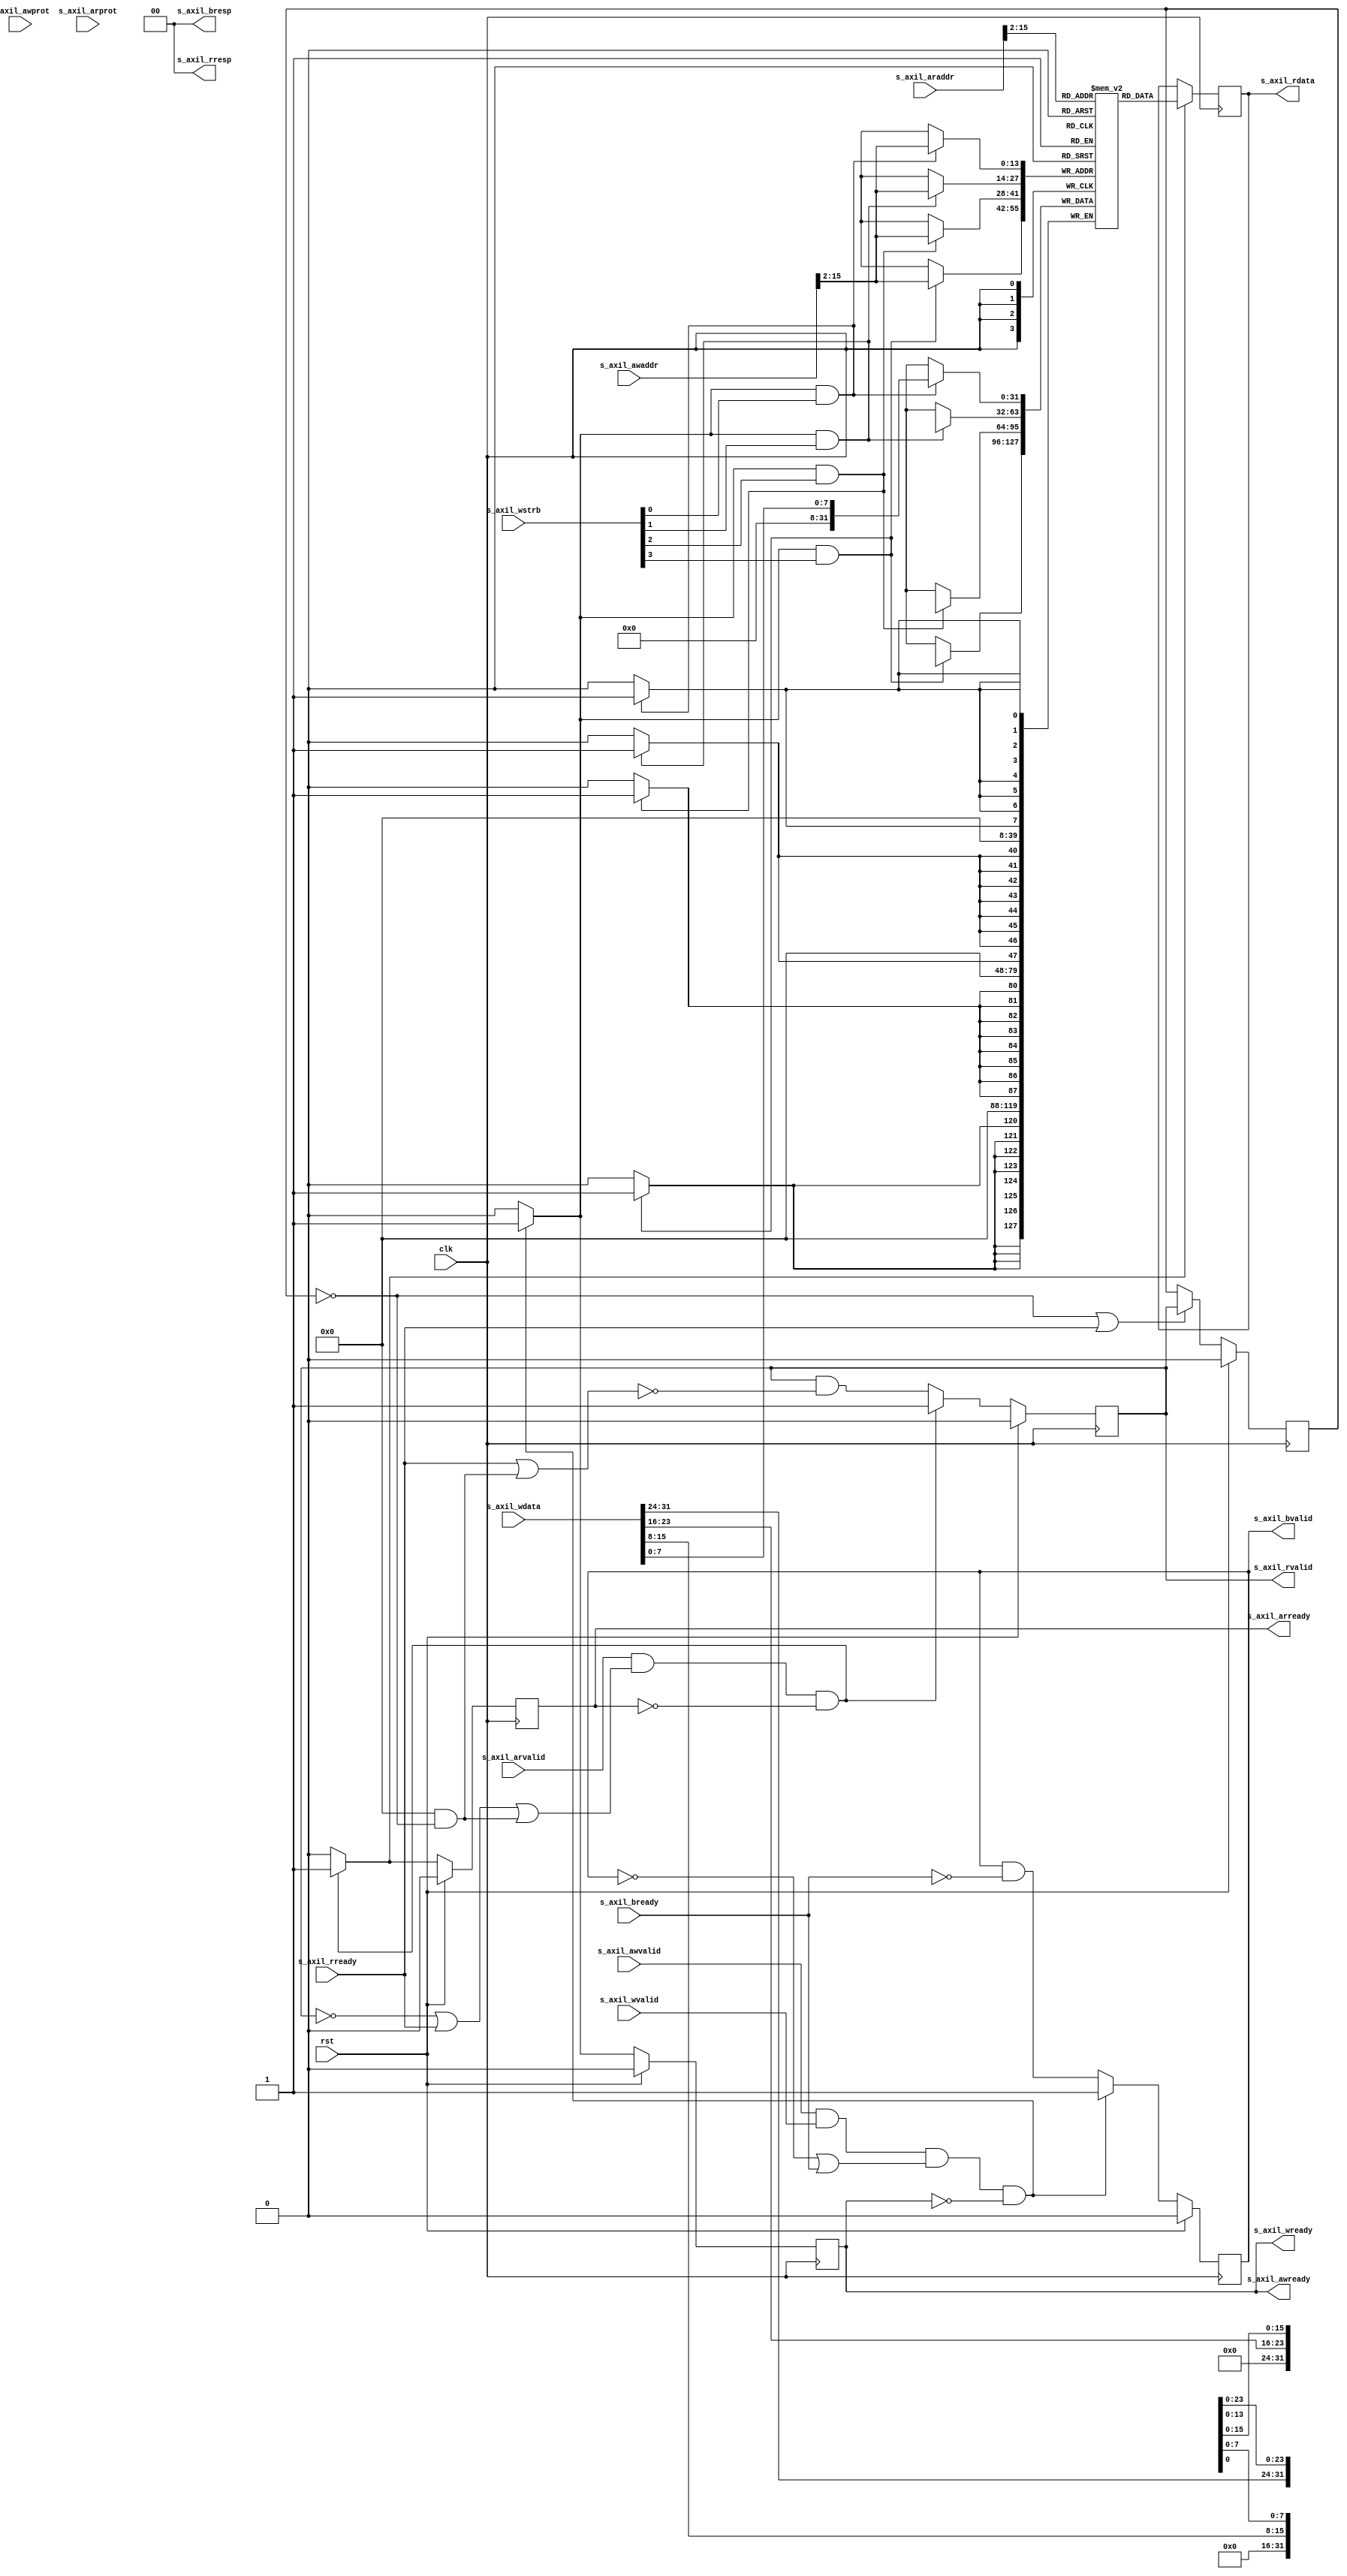
module axil_ram #
(
    // Width of data bus in bits
    parameter DATA_WIDTH = 32,
    // Width of address bus in bits
    parameter ADDR_WIDTH = 16,
    // Width of wstrb (width of data bus in words)
    parameter STRB_WIDTH = (DATA_WIDTH/8),
    // Extra pipeline register on output
    parameter PIPELINE_OUTPUT = 0
)
(
    input  wire                   clk,
    input  wire                   rst,

    input  wire [ADDR_WIDTH-1:0]  s_axil_awaddr,
    input  wire [2:0]             s_axil_awprot,
    input  wire                   s_axil_awvalid,
    output wire                   s_axil_awready,
    input  wire [DATA_WIDTH-1:0]  s_axil_wdata,
    input  wire [STRB_WIDTH-1:0]  s_axil_wstrb,
    input  wire                   s_axil_wvalid,
    output wire                   s_axil_wready,
    output wire [1:0]             s_axil_bresp,
    output wire                   s_axil_bvalid,
    input  wire                   s_axil_bready,
    input  wire [ADDR_WIDTH-1:0]  s_axil_araddr,
    input  wire [2:0]             s_axil_arprot,
    input  wire                   s_axil_arvalid,
    output wire                   s_axil_arready,
    output wire [DATA_WIDTH-1:0]  s_axil_rdata,
    output wire [1:0]             s_axil_rresp,
    output wire                   s_axil_rvalid,
    input  wire                   s_axil_rready
);

parameter VALID_ADDR_WIDTH = ADDR_WIDTH - $clog2(STRB_WIDTH);
parameter WORD_WIDTH = STRB_WIDTH;
parameter WORD_SIZE = DATA_WIDTH/WORD_WIDTH;

reg mem_wr_en;
reg mem_rd_en;

reg s_axil_awready_reg = 1'b0, s_axil_awready_next;
reg s_axil_wready_reg = 1'b0, s_axil_wready_next;
reg s_axil_bvalid_reg = 1'b0, s_axil_bvalid_next;
reg s_axil_arready_reg = 1'b0, s_axil_arready_next;
reg [DATA_WIDTH-1:0] s_axil_rdata_reg = {DATA_WIDTH{1'b0}}, s_axil_rdata_next;
reg s_axil_rvalid_reg = 1'b0, s_axil_rvalid_next;
reg [DATA_WIDTH-1:0] s_axil_rdata_pipe_reg = {DATA_WIDTH{1'b0}};
reg s_axil_rvalid_pipe_reg = 1'b0;

// (* RAM_STYLE="BLOCK" *)
reg [DATA_WIDTH-1:0] mem[(2**VALID_ADDR_WIDTH)-1:0];

wire [VALID_ADDR_WIDTH-1:0] s_axil_awaddr_valid = s_axil_awaddr >> (ADDR_WIDTH - VALID_ADDR_WIDTH);
wire [VALID_ADDR_WIDTH-1:0] s_axil_araddr_valid = s_axil_araddr >> (ADDR_WIDTH - VALID_ADDR_WIDTH);

assign s_axil_awready = s_axil_awready_reg;
assign s_axil_wready = s_axil_wready_reg;
assign s_axil_bresp = 2'b00;
assign s_axil_bvalid = s_axil_bvalid_reg;
assign s_axil_arready = s_axil_arready_reg;
assign s_axil_rdata = PIPELINE_OUTPUT ? s_axil_rdata_pipe_reg : s_axil_rdata_reg;
assign s_axil_rresp = 2'b00;
assign s_axil_rvalid = PIPELINE_OUTPUT ? s_axil_rvalid_pipe_reg : s_axil_rvalid_reg;

integer i, j;

initial begin
    // two nested loops for smaller number of iterations per loop
    // workaround for synthesizer complaints about large loop counts
    for (i = 0; i < 2**VALID_ADDR_WIDTH; i = i + 2**(VALID_ADDR_WIDTH/2)) begin
        for (j = i; j < i + 2**(VALID_ADDR_WIDTH/2); j = j + 1) begin
            mem[j] = 0;
        end
    end
end

always @* begin
    mem_wr_en = 1'b0;

    s_axil_awready_next = 1'b0;
    s_axil_wready_next = 1'b0;
    s_axil_bvalid_next = s_axil_bvalid_reg && !s_axil_bready;

    if (s_axil_awvalid && s_axil_wvalid && (!s_axil_bvalid || s_axil_bready) && (!s_axil_awready && !s_axil_wready)) begin
        s_axil_awready_next = 1'b1;
        s_axil_wready_next = 1'b1;
        s_axil_bvalid_next = 1'b1;

        mem_wr_en = 1'b1;
    end
end

always @(posedge clk) begin
    if (rst) begin
        s_axil_awready_reg <= 1'b0;
        s_axil_wready_reg <= 1'b0;
        s_axil_bvalid_reg <= 1'b0;
    end else begin
        s_axil_awready_reg <= s_axil_awready_next;
        s_axil_wready_reg <= s_axil_wready_next;
        s_axil_bvalid_reg <= s_axil_bvalid_next;
    end

    for (i = 0; i < WORD_WIDTH; i = i + 1) begin
        if (mem_wr_en && s_axil_wstrb[i]) begin
            mem[s_axil_awaddr_valid][WORD_SIZE*i +: WORD_SIZE] <= s_axil_wdata[WORD_SIZE*i +: WORD_SIZE];
        end
    end
end

always @* begin
    mem_rd_en = 1'b0;

    s_axil_arready_next = 1'b0;
    s_axil_rvalid_next = s_axil_rvalid_reg && !(s_axil_rready || (PIPELINE_OUTPUT && !s_axil_rvalid_pipe_reg));

    if (s_axil_arvalid && (!s_axil_rvalid || s_axil_rready || (PIPELINE_OUTPUT && !s_axil_rvalid_pipe_reg)) && (!s_axil_arready)) begin
        s_axil_arready_next = 1'b1;
        s_axil_rvalid_next = 1'b1;

        mem_rd_en = 1'b1;
    end
end

always @(posedge clk) begin
    if (rst) begin
        s_axil_arready_reg <= 1'b0;
        s_axil_rvalid_reg <= 1'b0;
        s_axil_rvalid_pipe_reg <= 1'b0;
    end else begin
        s_axil_arready_reg <= s_axil_arready_next;
        s_axil_rvalid_reg <= s_axil_rvalid_next;

        if (!s_axil_rvalid_pipe_reg || s_axil_rready) begin
            s_axil_rvalid_pipe_reg <= s_axil_rvalid_reg;
        end
    end

    if (mem_rd_en) begin
        s_axil_rdata_reg <= mem[s_axil_araddr_valid];
    end

    if (!s_axil_rvalid_pipe_reg || s_axil_rready) begin
        s_axil_rdata_pipe_reg <= s_axil_rdata_reg;
    end
end

endmodule